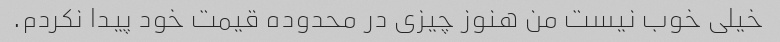
خیلی خوب نیست من هنوز چیزی در محدوده قیمت خود پیدا نکردم.